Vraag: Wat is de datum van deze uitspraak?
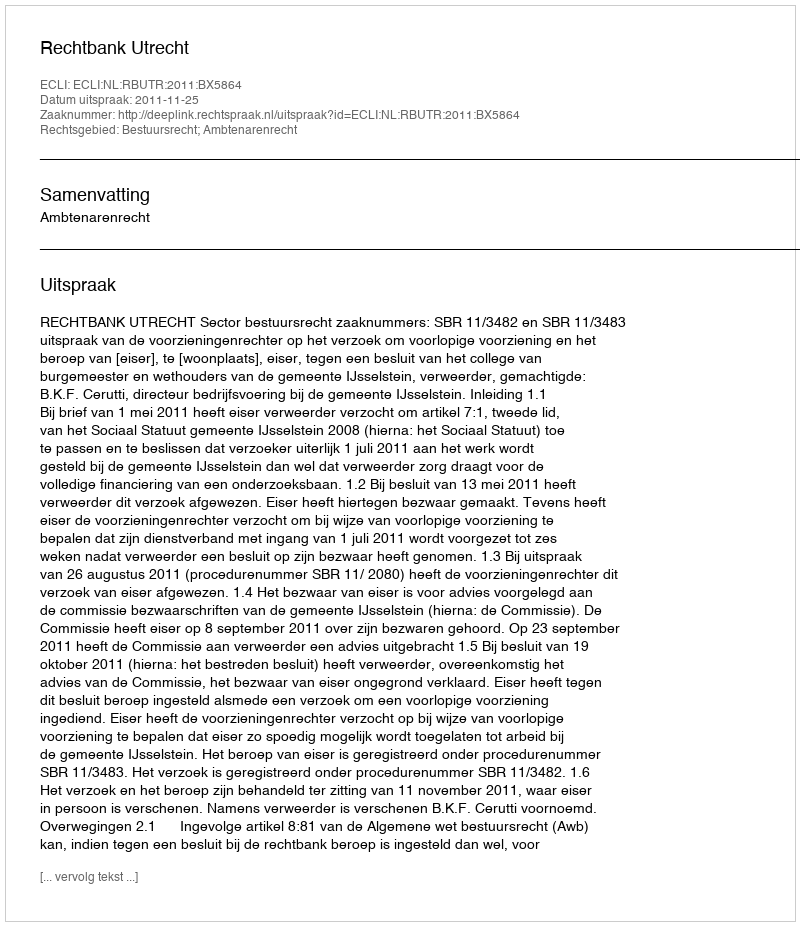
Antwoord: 2011-11-25